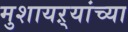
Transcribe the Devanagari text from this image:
मुशायऱ्यांच्या